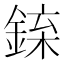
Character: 𨧲